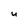
Character: U